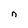
Character: n